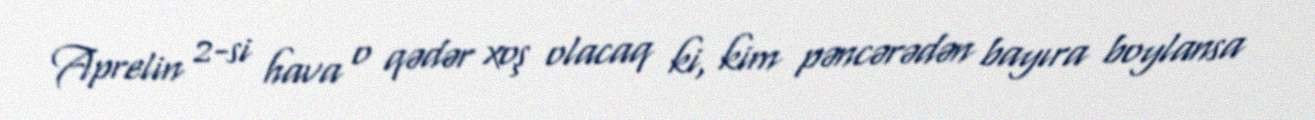
Aprelin 2-si hava o qədər xoş olacaq ki, kim pəncərədən bayıra boylansa